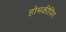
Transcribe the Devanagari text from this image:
होमकीपिंग